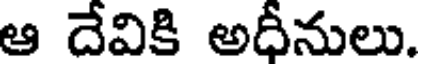
ఆ దేవికి అధీనులు.